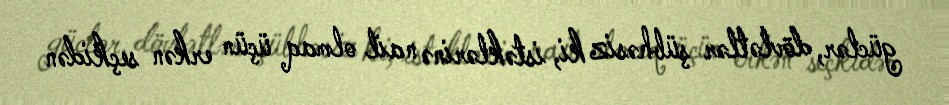
güclər, dövlətlər şübhəsiz ki, istəklərinə nail olmaq üçün erkən seçkidən